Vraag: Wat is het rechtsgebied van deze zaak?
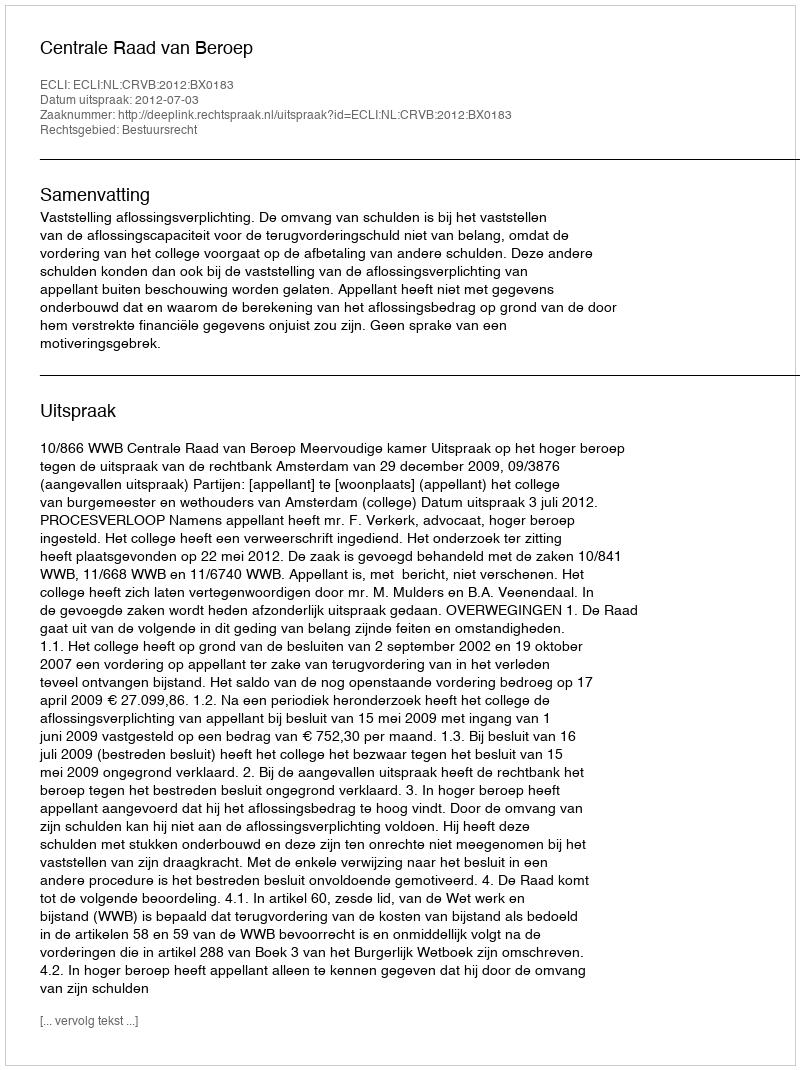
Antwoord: Bestuursrecht